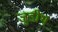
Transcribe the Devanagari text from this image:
जुडीथ